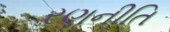
રણનીતિ